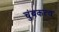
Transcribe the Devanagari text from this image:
चुंबकत्‍व